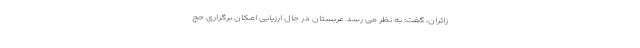
زائران، گفت: به نظر می رسد عربستان در حال ارزیابی امکان برگزاری حج